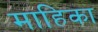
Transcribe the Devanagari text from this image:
माहिका